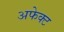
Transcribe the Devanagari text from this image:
अफेक्ट